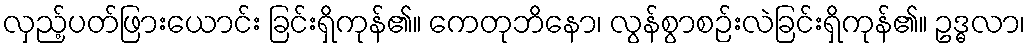
လှည့်ပတ်ဖြားယောင်း ခြင်းရှိကုန်၏။ ကေတုဘိနော၊ လွန်စွာစဉ်းလဲခြင်းရှိကုန်၏။ ဥဒ္ဓလာ၊